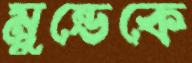
মুন্ডেকে